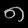
Digit: ၈